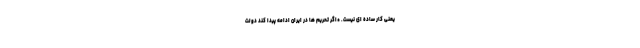
یعنی کار ساده ای نیست. *اگر تحریم ها در ایران ادامه پیدا کند دولت